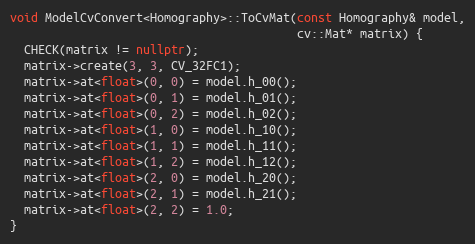
Language: C++
void ModelCvConvert<Homography>::ToCvMat(const Homography& model,
                                         cv::Mat* matrix) {
  CHECK(matrix != nullptr);
  matrix->create(3, 3, CV_32FC1);
  matrix->at<float>(0, 0) = model.h_00();
  matrix->at<float>(0, 1) = model.h_01();
  matrix->at<float>(0, 2) = model.h_02();
  matrix->at<float>(1, 0) = model.h_10();
  matrix->at<float>(1, 1) = model.h_11();
  matrix->at<float>(1, 2) = model.h_12();
  matrix->at<float>(2, 0) = model.h_20();
  matrix->at<float>(2, 1) = model.h_21();
  matrix->at<float>(2, 2) = 1.0;
}